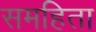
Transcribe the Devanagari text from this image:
समहिता